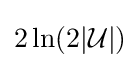
2\ln(2|{\mathcal {U}}|)